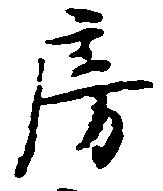
房